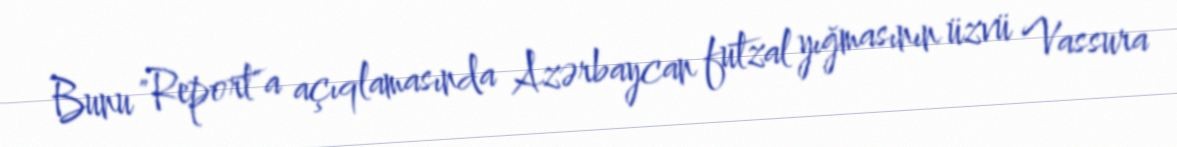
Bunu "Report"a açıqlamasında Azərbaycan futzal yığmasının üzvü Vassura